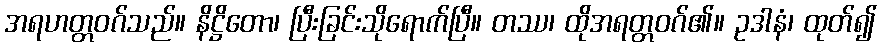
အရဟတ္တဝဂ်သည်။ နိဋ္ဌိတော၊ ပြီးခြင်းသိုရောက်ပြီ။ တဿ၊ ထိုအရတ္တဝဂ်၏။ ဥဒါနံ၊ ထုတ်၍